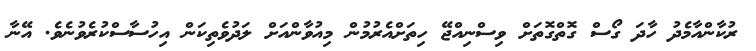
ރުކާންއާމެދު ހާދަ ގޯސް ގޮތްގޮތަށް ވިސްނިއްޖޭ ހިތަށްއެރުމުން މިއުވާންއަށް ލަދުވެތިކަން އިހުސާސްކުރެވުނެވެ. އޭނާ